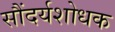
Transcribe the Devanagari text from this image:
सौंदर्यशोधक